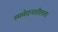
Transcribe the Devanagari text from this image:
स्मवेदनशीलता